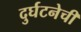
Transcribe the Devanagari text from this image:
दुर्घटनेची